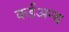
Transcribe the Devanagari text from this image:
कईअन्य